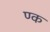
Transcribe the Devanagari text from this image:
ण्क